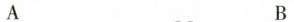
A B